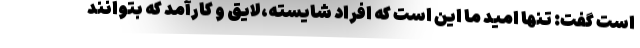
است گفت: تنها امید ما این است که افراد شایسته،لایق و کارآمد که بتوانند